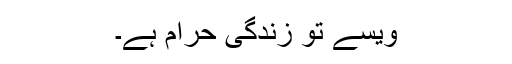
ویسے تو زندگی حرام ہے۔